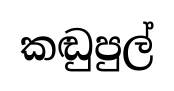
කඬුපුල්